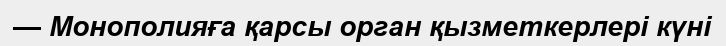
— Монополияға қарсы орган қызметкерлері күні